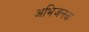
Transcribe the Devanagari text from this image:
अभिजनक